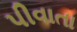
પીવાતા